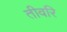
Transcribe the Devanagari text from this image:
तीवरि